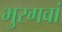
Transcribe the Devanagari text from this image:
भुरगवां